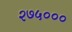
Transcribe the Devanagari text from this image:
२७५०००